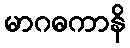
မာဂဓကာနိ